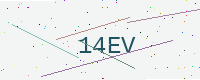
Text: 14EV